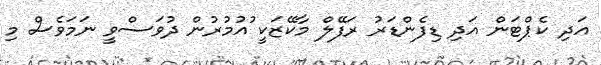
އަދި ކެޕްޓަން އަދި ޑިފެންޑަރު ރަފޭލް މާކޭޒަކީ ުއުމުރުން ދުވަސްވީ ނަމަވެސް މި